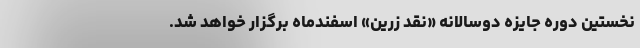
نخستین دوره جایزه‌ دوسالانه‌ «نقد زرین» اسفندماه برگزار خواهد شد.